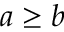
a \geq b